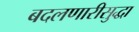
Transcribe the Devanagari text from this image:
बदलणारीसुद्धा